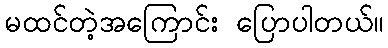
မထင်တဲ့အကြောင်း ပြောပါတယ်။